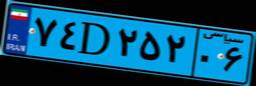
۰۴D۰۱۵۴۹